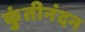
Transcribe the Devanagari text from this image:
कुंतीनंदन